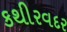
કથીરવદર